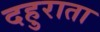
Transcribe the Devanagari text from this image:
दहुराता